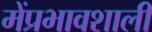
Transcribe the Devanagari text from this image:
मेंप्रभावशाली